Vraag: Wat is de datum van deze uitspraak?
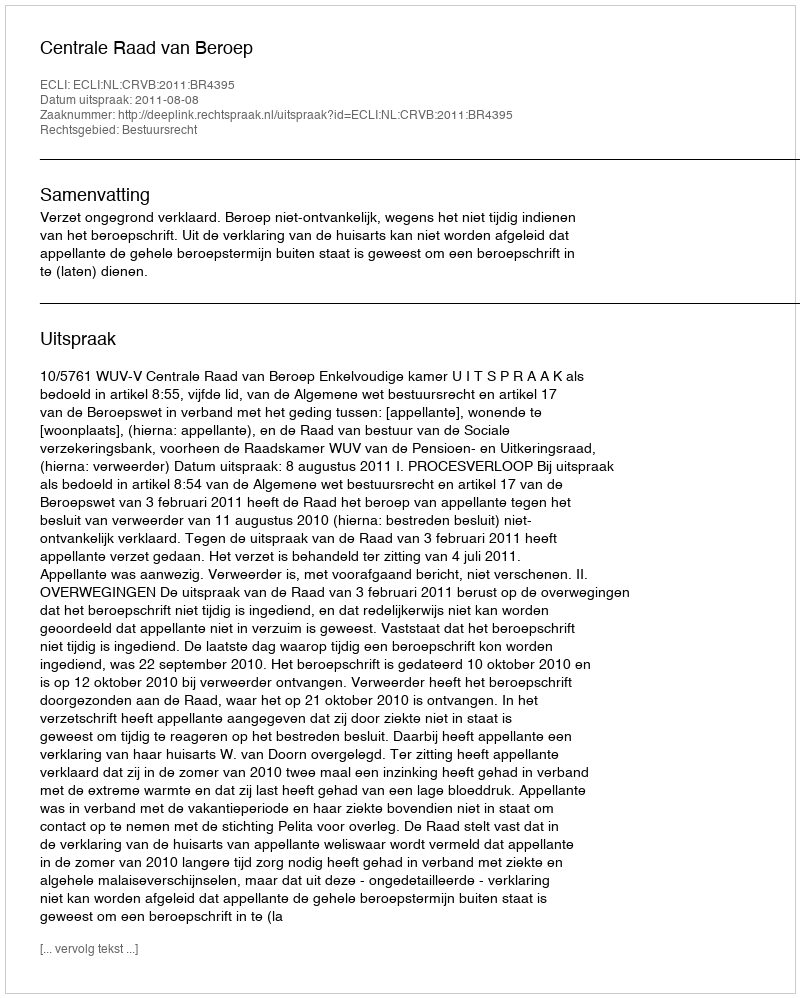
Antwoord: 2011-08-08